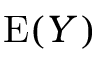
\operatorname { E } ( Y )